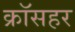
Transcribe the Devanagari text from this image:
क्रॉसहर